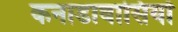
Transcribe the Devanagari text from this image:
कनाडावासियों